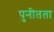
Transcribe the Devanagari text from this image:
पुनीतता